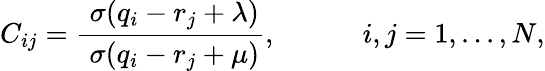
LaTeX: C_{ij}=\frac{\; \sigma(q_{i}-r_{j}+\lambda)}{\; \sigma(q_{i}-r_{j}+\mu)},\mathrm{~\ \ \ \ \ \ \ \ \ \ ~}i,j=1,...,N,